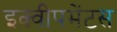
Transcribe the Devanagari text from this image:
इक्वीपमेंटस